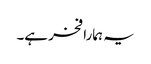
یہ ہمارا فخر ہے۔